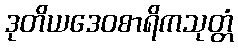
ဒုတိယဒေဝစာရိကသုတ္တံ